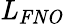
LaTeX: \mathit{L}_{\mathit{FNO}}